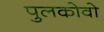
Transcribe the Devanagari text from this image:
पुलकोवो